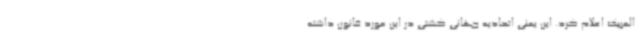
المپیک اعلام کرد. این یعنی اتحادیه جهانی کشتی در این مورد قانون داشته